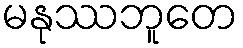
မနုဿဘူတေ